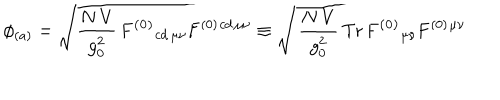
LaTeX: \phi _ { ( a ) } = \sqrt { { \frac { N \, V } { g _ { 0 } ^ { 2 } } } \, \mathbf { F ^ { ( 0 ) } } { } _ { c d \, \mu \nu } \mathbf { F } ^ { ( 0 ) } { } ^ { c d \, \mu \nu } } \equiv \sqrt { \, { \frac { N \, V } { g _ { 0 } ^ { 2 } } } \, \mathrm { T r } \, \mathbf { F ^ { ( 0 ) } } { } _ { \mu \nu } \mathbf { F } ^ { ( 0 ) } { } ^ { \mu \nu } }